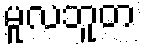
မူလဘူတ